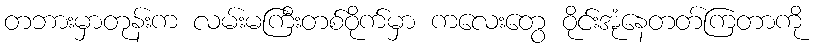
တဘားမှာတုန်းက လမ်းမကြီးတစ်ဝိုက်မှာ ကလေးတွေ ဝိုင်းအုံနေတတ်ကြတာကို